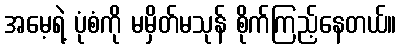
အမေ့ရဲ့ ပုံစံကို မမှိတ်မသုန် စိုက်ကြည့်နေတယ်။